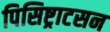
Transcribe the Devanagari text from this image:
पिसिष्ट्राटसन